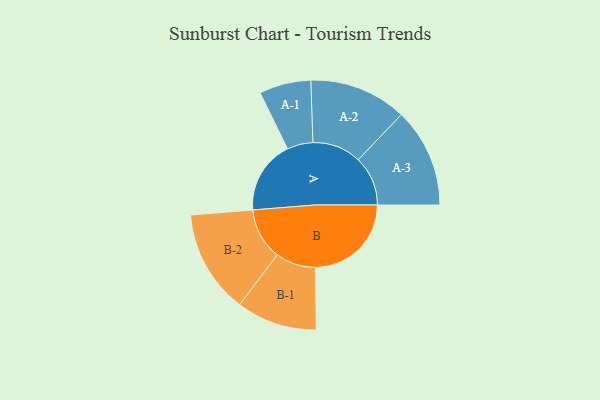
{"axis": {"x": "Segment", "y": "Value"}, "legend": ["", "A", "B"], "data": [{"x": "A", "y": 380, "type": ""}, {"x": "B", "y": 496, "type": ""}, {"x": "A-1", "y": 134, "type": "A"}, {"x": "A-2", "y": 253, "type": "A"}, {"x": "A-3", "y": 257, "type": "A"}, {"x": "B-1", "y": 209, "type": "B"}, {"x": "B-2", "y": 268, "type": "B"}]}